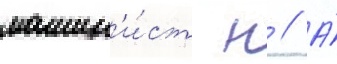
машин'и́ст н // А́